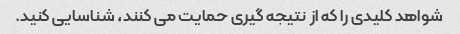
شواهد کلیدی را که از نتیجه گیری حمایت می کنند، شناسایی کنید.